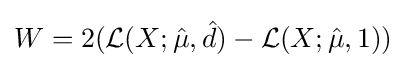
W=2({\mathcal {L}}(X;{\hat {\mu }},{\hat {d}})-{\mathcal {L}}(X;{\hat {\mu }},1))